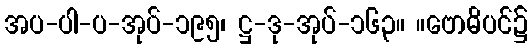
အပ-ပါ-ပ-အုပ်-၁၉၅၊ ဋ္ဌ-ဒု-အုပ်-၁၆၃။ ။ဗောဓိပင်၌